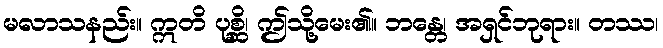
မလာသနည်း။ ဣတိ ပုစ္ဆိ၊ ဤသို့မေး၏။ ဘန္တေ၊ အရှင်ဘုရား။ တဿ၊